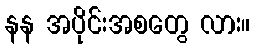
နန အပိုင်းအစတွေ လား။